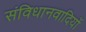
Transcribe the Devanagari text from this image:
संविधानवादियों